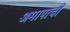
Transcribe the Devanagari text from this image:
अमापाची